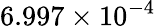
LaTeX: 6.997\times 10^{-4}